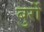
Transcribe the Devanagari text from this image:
बुर्रो